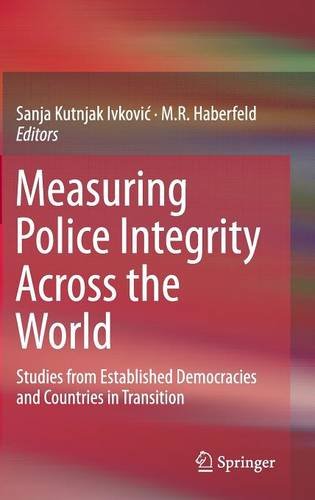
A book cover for Measuring Police Integrity Across the World: Studies from Established Democracies and Countries in Transition; Law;